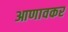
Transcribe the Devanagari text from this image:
आणावकर